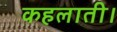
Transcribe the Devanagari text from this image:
कहलाती।